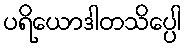
ပရိယောဒါတသိပ္ပေါ